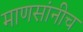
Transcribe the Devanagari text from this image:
माणसांनीच